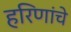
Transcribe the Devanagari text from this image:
हरिणांचे